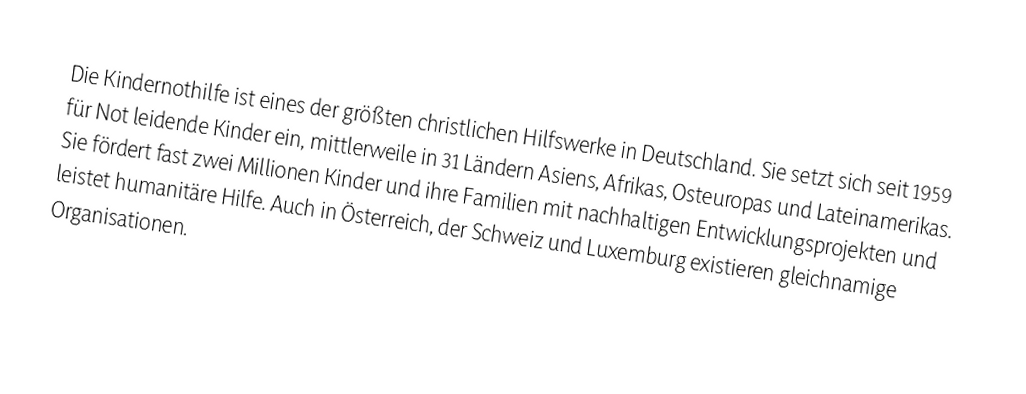
Die Kindernothilfe ist eines der größten christlichen Hilfswerke in Deutschland. Sie setzt sich seit 1959 für Not leidende Kinder ein, mittlerweile in 31 Ländern Asiens, Afrikas, Osteuropas und Lateinamerikas. Sie fördert fast zwei Millionen Kinder und ihre Familien mit nachhaltigen Entwicklungsprojekten und leistet humanitäre Hilfe. Auch in Österreich, der Schweiz und Luxemburg existieren gleichnamige Organisationen.